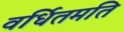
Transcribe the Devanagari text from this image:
वर्धितमति